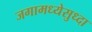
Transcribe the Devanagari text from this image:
जगामध्येसुध्दा